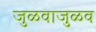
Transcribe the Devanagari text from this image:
जुळवाजुळव